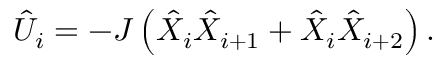
{ \hat { U } } _ { i } = - J \left( { \hat { X } } _ { i } { \hat { X } } _ { i + 1 } + { \hat { X } } _ { i } { \hat { X } } _ { i + 2 } \right) .